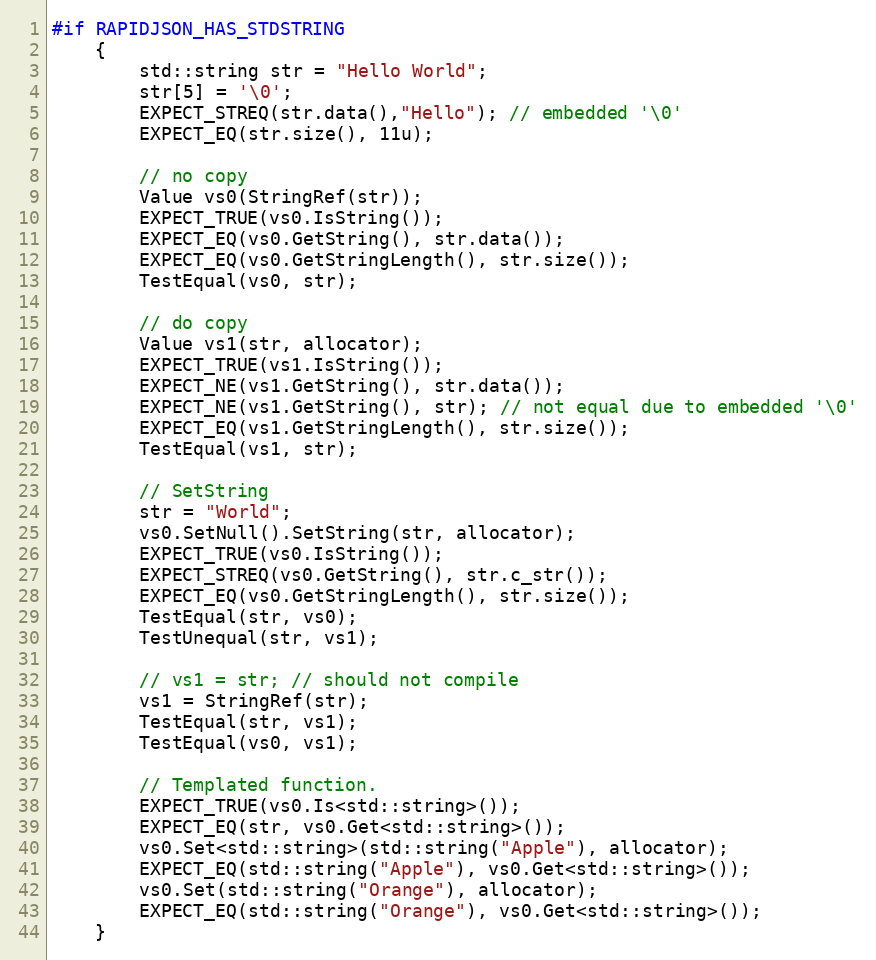
Language: C++
#if RAPIDJSON_HAS_STDSTRING
    {
        std::string str = "Hello World";
        str[5] = '\0';
        EXPECT_STREQ(str.data(),"Hello"); // embedded '\0'
        EXPECT_EQ(str.size(), 11u);

        // no copy
        Value vs0(StringRef(str));
        EXPECT_TRUE(vs0.IsString());
        EXPECT_EQ(vs0.GetString(), str.data());
        EXPECT_EQ(vs0.GetStringLength(), str.size());
        TestEqual(vs0, str);

        // do copy
        Value vs1(str, allocator);
        EXPECT_TRUE(vs1.IsString());
        EXPECT_NE(vs1.GetString(), str.data());
        EXPECT_NE(vs1.GetString(), str); // not equal due to embedded '\0'
        EXPECT_EQ(vs1.GetStringLength(), str.size());
        TestEqual(vs1, str);

        // SetString
        str = "World";
        vs0.SetNull().SetString(str, allocator);
        EXPECT_TRUE(vs0.IsString());
        EXPECT_STREQ(vs0.GetString(), str.c_str());
        EXPECT_EQ(vs0.GetStringLength(), str.size());
        TestEqual(str, vs0);
        TestUnequal(str, vs1);

        // vs1 = str; // should not compile
        vs1 = StringRef(str);
        TestEqual(str, vs1);
        TestEqual(vs0, vs1);

        // Templated function.
        EXPECT_TRUE(vs0.Is<std::string>());
        EXPECT_EQ(str, vs0.Get<std::string>());
        vs0.Set<std::string>(std::string("Apple"), allocator);
        EXPECT_EQ(std::string("Apple"), vs0.Get<std::string>());
        vs0.Set(std::string("Orange"), allocator);
        EXPECT_EQ(std::string("Orange"), vs0.Get<std::string>());
    }